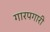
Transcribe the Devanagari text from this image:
गारपगारी